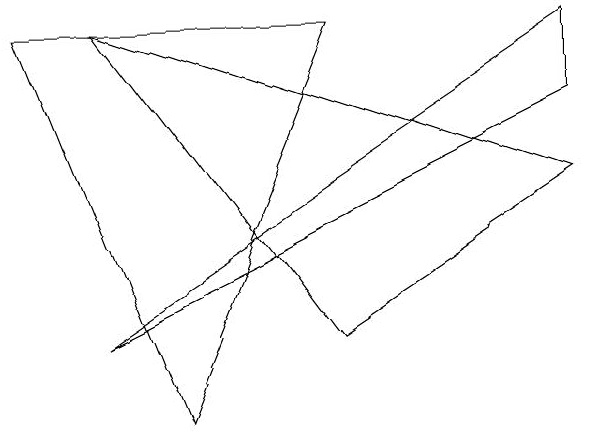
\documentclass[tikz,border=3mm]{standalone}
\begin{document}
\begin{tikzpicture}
\draw (9,4) -- (3,1) -- (9,5) -- cycle;
\draw (6,1) -- (3,5) -- (9,3) -- cycle;
\draw (4,0) -- (6,5) -- (2,5) -- cycle;
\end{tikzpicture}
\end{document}